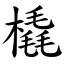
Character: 橇